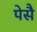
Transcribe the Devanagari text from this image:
पेसै